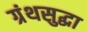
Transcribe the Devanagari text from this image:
ग्रंथसुद्धा